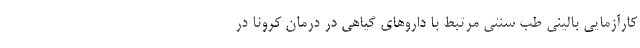
کارآزمایی بالینی طب سنتی مرتبط با داروهای گیاهی در درمان کرونا در